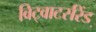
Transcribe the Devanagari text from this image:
विट्वाटर्सरेंड